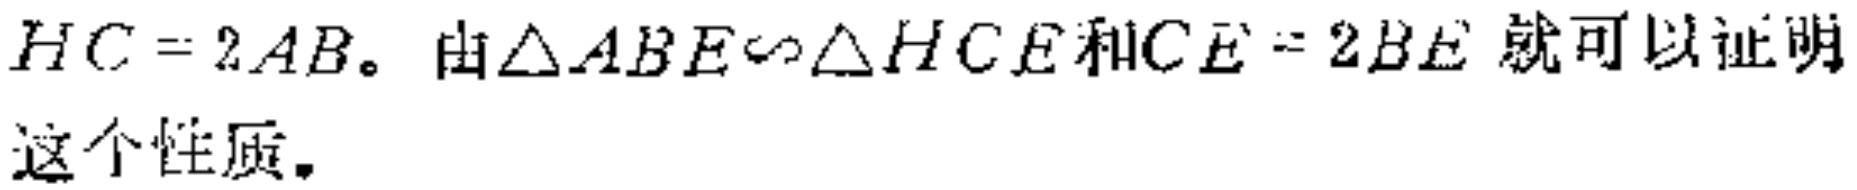
$HC = 2AB。\ 由\triangle ABE\sim\triangle HCE和CE = 2BE\ 就可以证明\\这个性质。$